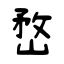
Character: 嵍